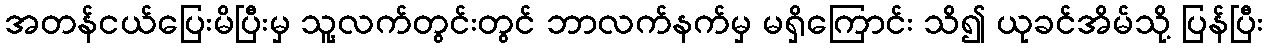
အတန်ငယ်ပြေးမိပြီးမှ သူ့လက်တွင်းတွင် ဘာလက်နက်မှ မရှိကြောင်း သိ၍ ယုခင်အိမ်သို့ ပြန်ပြီး